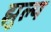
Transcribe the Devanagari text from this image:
झुल्य